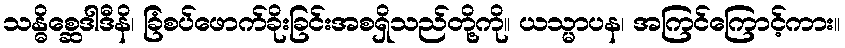
သန္ဓိစ္ဆေဒါဒီနိ၊ ခြံစပ်ဖောက်ခိုးခြင်းအစရှိသည်တို့ကို။ ယသ္မာပန၊ အကြင်ကြောင့်ကား။